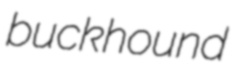
buckhound